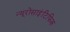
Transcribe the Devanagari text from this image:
न्यूरोसाइंटिफिक